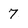
Character: 7